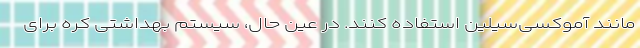
مانند آموکسی‌سیلین استفاده کنند. در عین حال، سیستم بهداشتی کره برای